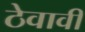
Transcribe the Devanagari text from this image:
ठेवावीं